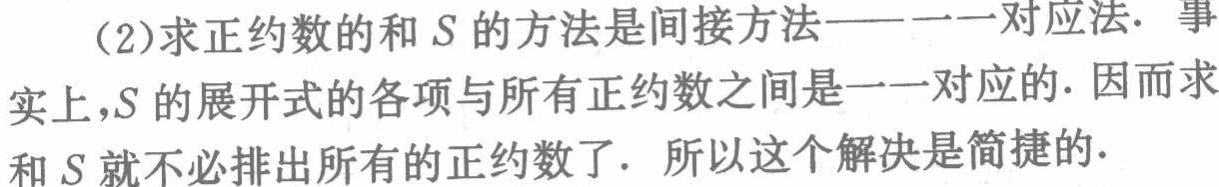
（2）求正约数的和\(S\)的方法是间接方法——一一对应法. 事
实上，\(S\)的展开式的各项与所有正约数之间是一一对应的. 因而求
和\(S\)就不必排出所有的正约数了. 所以这个解决是简捷的.